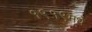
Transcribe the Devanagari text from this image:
१९१९मधे